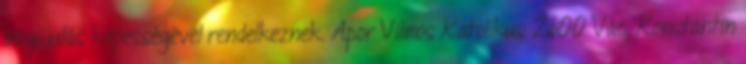
megújulás képességével rendelkeznek. Apor Vilmos Katolikus 2600 Vác, Konstantin